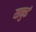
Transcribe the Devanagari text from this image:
याकुई